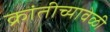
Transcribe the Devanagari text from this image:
क्रांतीच्यावेळी